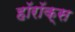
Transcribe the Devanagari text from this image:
हॉरॉक्स